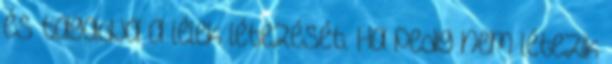
és tagadja a lélek létezését. Ha pedig nem létezik